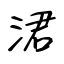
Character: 涒